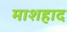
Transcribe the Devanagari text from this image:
माशहाद